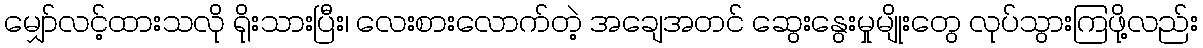
မျှော်လင့်ထားသလို ရိုးသားပြီး၊ လေးစားလောက်တဲ့ အချေအတင် ဆွေးနွေးမှုမျိုးတွေ လုပ်သွားကြဖို့လည်း